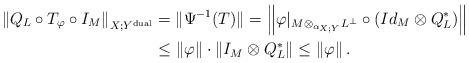
LaTeX: \begin{align*}\left\|Q_{L}\circ T_{\varphi}\circ I_{M} \right\|_{X;Y^{\rm dual}}& = \|\Psi^{-1}(T)\|= \left\|\varphi|_{M \otimes_{\alpha_{X;Y}}L^\perp }\circ (Id_M \otimes Q_L^*)\right\|\\ &\leq \left\| \varphi\right\|\cdot \left\| I_{M}\otimes Q_{L}^*\right\| \leq \left\| \varphi\right\|.\end{align*}